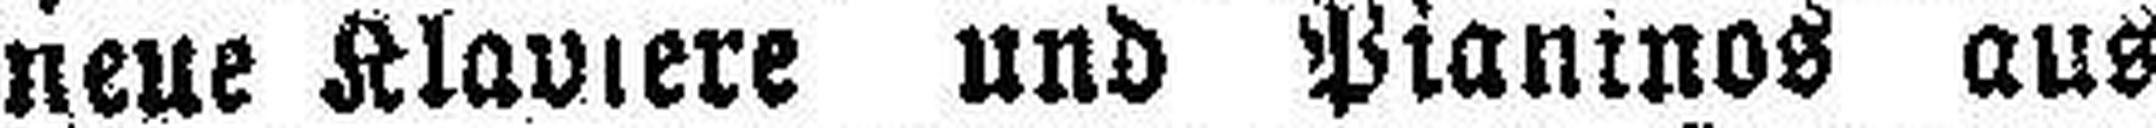
neue Klaviere und Pianinos aus